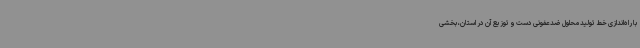
با راه‌اندازی خط تولید محلول ضدعفونی دست و توزیع آن در استان، بخشی